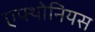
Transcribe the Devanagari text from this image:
एफ्थोनियस